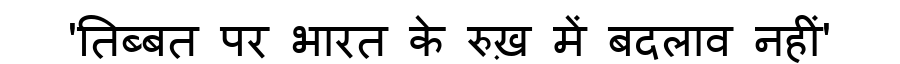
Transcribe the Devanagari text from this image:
'तिब्बत पर भारत के रुख़ में बदलाव नहीं'